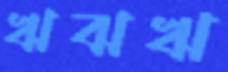
ঋঝঋ